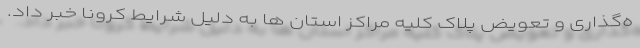
ه‌گذاری و تعویض پلاک کلیه مراکز استان ها به دلیل شرایط کرونا خبر داد.